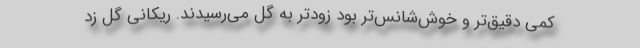
کمی دقیق‌تر و خوش‌شانس‌تر بود زودتر به گل می‌رسیدند. ریکانی گل زد